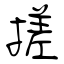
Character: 搓